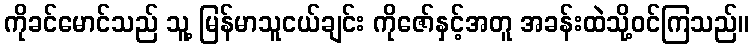
ကိုခင်မောင်သည် သူ့ မြန်မာသူငယ်ချင်း ကိုဇော်နှင့်အတူ အခန်းထဲသို့ဝင်ကြသည်။